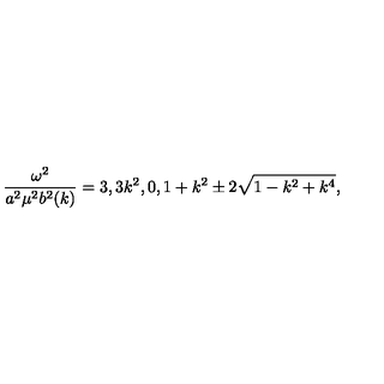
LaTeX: \frac { \omega ^ { 2 } } { a ^ { 2 } \mu ^ { 2 } b ^ { 2 } ( k ) } = 3 , 3 k ^ { 2 } , 0 , 1 + k ^ { 2 } \pm 2 \sqrt { 1 - k ^ { 2 } + k ^ { 4 } } ,